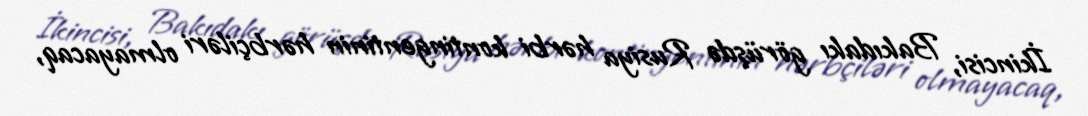
İkincisi, Bakıdakı görüşdə Rusiya hərbi kontingentinin hərbçiləri olmayacaq,